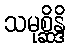
သမုစ္ဆိန္ဒိ